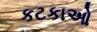
કટકાઓ